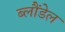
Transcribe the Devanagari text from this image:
ब्लौंडेल